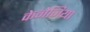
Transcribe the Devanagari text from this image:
केनेज़िया